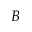
B